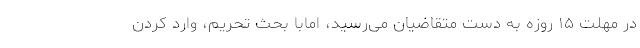
در مهلت ۱۵ روزه به دست متقاضیان می‌رسید، امابا بحث تحریم، وارد کردن